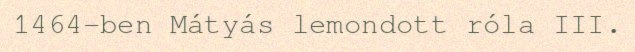
1464-ben Mátyás lemondott róla III.